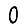
Digit: 0